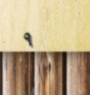
٩